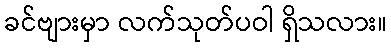
ခင်ဗျားမှာ လက်သုတ်ပဝါ ရှိသလား။